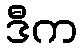
ဒီက